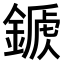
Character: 𨪾